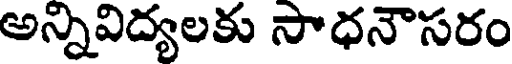
అన్నివిద్యలకు సాధనౌసరం